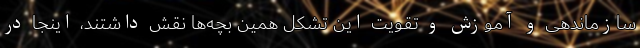
سازماندهی و آموزش و تقویت این تشکل همین بچه‌ها نقش داشتند، اینجا در